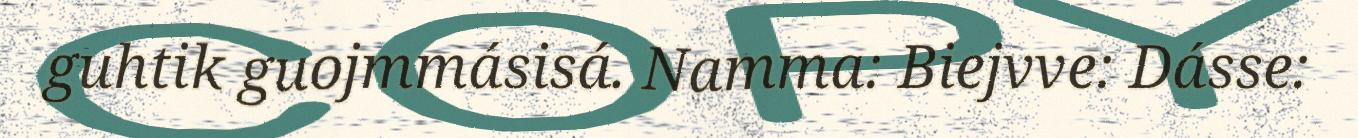
guhtik guojmmásisá. Namma: Biejvve: Dásse: